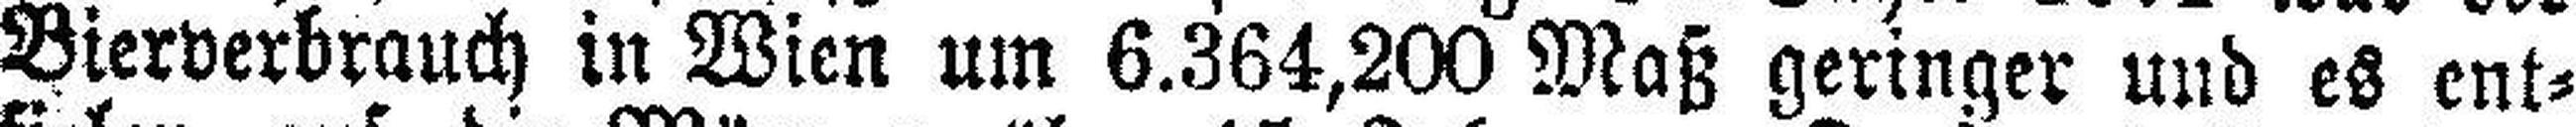
Bierverbrauch in Wien um 6.364,200 Maß geringer und es ent¬